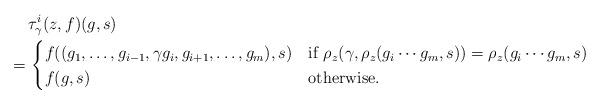
LaTeX: \begin{align*}& \tau_\gamma^i(z, f)(g, s)\\= \, & \begin{cases}f((g_1,\ldots, g_{i-1}, \gamma g_i, g_{i+1},\ldots, g_m), s) & \textrm{if}\ \rho_z(\gamma, \rho_z(g_i\cdots g_m, s))=\rho_z(g_i\cdots g_m, s)\\f(g, s) & \textrm{otherwise}.\end{cases}\end{align*}